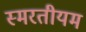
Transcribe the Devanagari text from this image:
स्मरतीयम